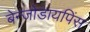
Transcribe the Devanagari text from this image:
बेन्जोडायपिंस